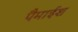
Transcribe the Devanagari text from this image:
पैमाईश